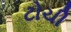
ટોચી